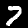
Digit: 7